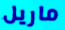
ماريل